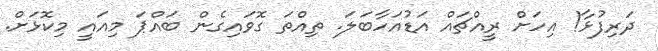
ދަރިފުޅާ! އިހަށް ރީއްޗައް އަޑުއަހާބަލަ. ތިއްތަ ގޮވައިގެން ބައްޕަ މިއައީ މިކޮޅަށް.